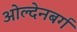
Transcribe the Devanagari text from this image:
ओल्देनबर्ग